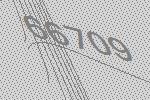
66709